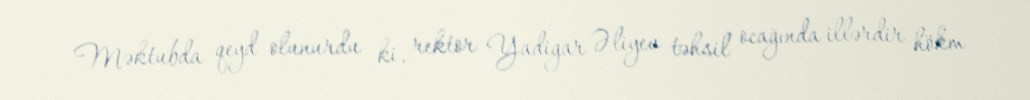
Məktubda qeyd olunurdu ki, rektor Yadigar Əliyev təhsil ocağında illərdir hökm